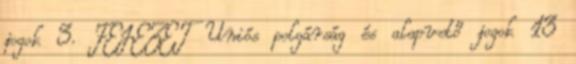
jogok 3. FEJEZET Uniós polgárság és alapvető jogok 13